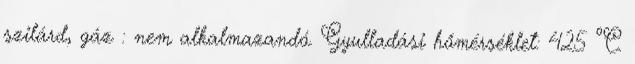
szilárd, gáz : nem alkalmazandó. Gyulladási hőmérséklet: 425 ºC.